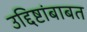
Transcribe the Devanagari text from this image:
उद्दिष्टांबाबत